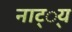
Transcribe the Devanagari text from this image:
नाट््य